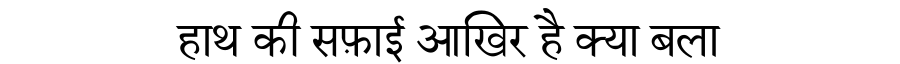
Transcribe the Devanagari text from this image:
हाथ की सफ़ाई आखिर है क्या बला